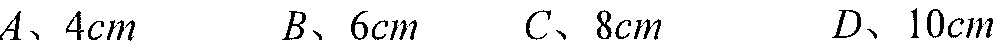
\(A、4cm\)  \(B、6cm\)  \(C、8cm\)  \(D、10cm\)